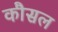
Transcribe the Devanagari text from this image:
कौसल